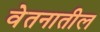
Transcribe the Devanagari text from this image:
वेतनातील